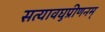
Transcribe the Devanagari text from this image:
सत्यावघुप्रीणनम्